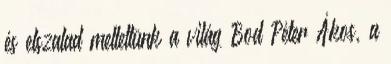
és elszalad mellettünk a világ Bod Péter Ákos, a